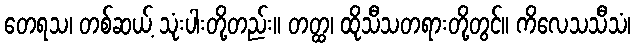
တေရသ၊ တစ်ဆယ့် သုံးပါးတို့တည်း။ တတ္ထ၊ ထိုသီသတရားတို့တွင်။ ကိလေသသီသံ၊